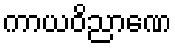
ကာယဝိညာဏေ